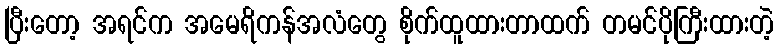
ပြီးတော့ အရင်က အမေရိကန်အလံတွေ စိုက်ထူထားတာထက် တမင်ပိုကြီးထားတဲ့